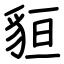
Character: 貆